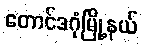
တောင်ဒဂုံမြို့နယ်